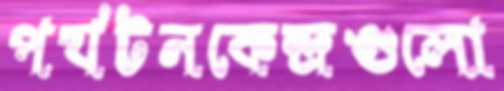
পর্যটনকেন্দ্রগুলো